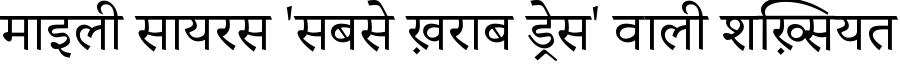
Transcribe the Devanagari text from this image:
माइली सायरस 'सबसे ख़राब ड्रेस' वाली शख़्सियत